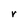
Character: r